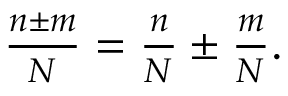
\begin{array} { r } { \frac { n \pm m } { N } = \frac { n } { N } \pm \frac { m } { N } . } \end{array}